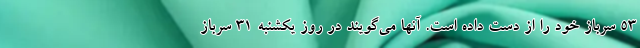
53 سرباز خود را از دست داده است. آنها می‌گویند در روز یکشنبه 31 سرباز